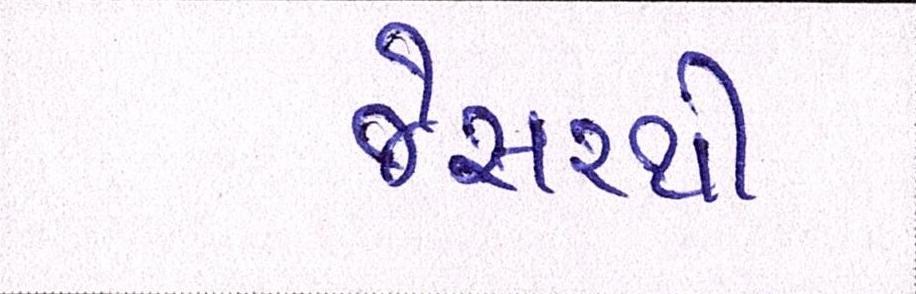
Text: જેસરથી